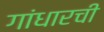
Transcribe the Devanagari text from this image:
गांधारची